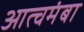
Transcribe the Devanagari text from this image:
आत्चमंबा